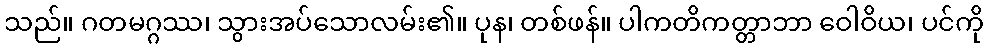
သည်။ ဂတမဂ္ဂဿ၊ သွားအပ်သောလမ်း၏။ ပုန၊ တစ်ဖန်။ ပါကတိကတ္တာဘာ ဝေါဝိယ၊ ပင်ကို